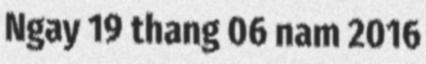
Ngay 19 thang 06 nam 2016